Statistical return of the lunatic asylum in Assam - 1912-1932
Year: 1912
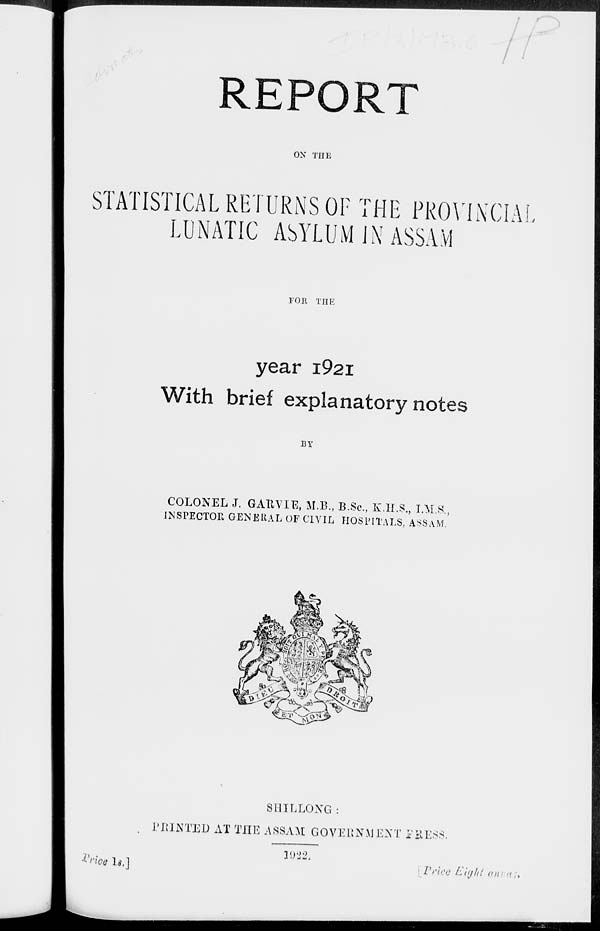
REPORT
OX THE
STATISTICAL RETURNS OF THE PROVINCIAL
LUNATIC ASYLUM IN ASSAM
TOR THE
year i92i
With brief explanatory notes
BY
COLONEL J. GAIIVIE, M.B., B.Sc, K.H.S., I.M.S,,
INSPECTOR GENERAL OF CIVIL HOSPITALS, ASSAM.
SHILLONG:
MINTED AT THE ASSAM GOVERNMENT FKESS,
Price 1*.]
VvicQ Eight an/ia;*